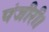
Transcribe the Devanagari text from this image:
पंजीरी।